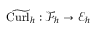
\widetilde { \mathrm { C u r l } _ { h } } : \mathcal { F } _ { h } \rightarrow \mathcal { E } _ { h }